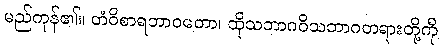
မည်ကုန်၏။ တံဝိစာရဘာဝတော၊ ထိုသဘာဂဝိသဘာဂတရားတို့ကို